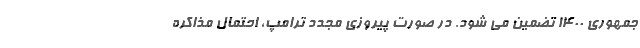
جمهوری 1400 تضمین می شود. در صورت پیروزی مجدد ترامپ، احتمال مذاکره